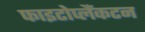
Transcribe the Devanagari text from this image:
फाइटोप्लैंकटन